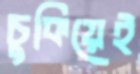
চুকিয়েই